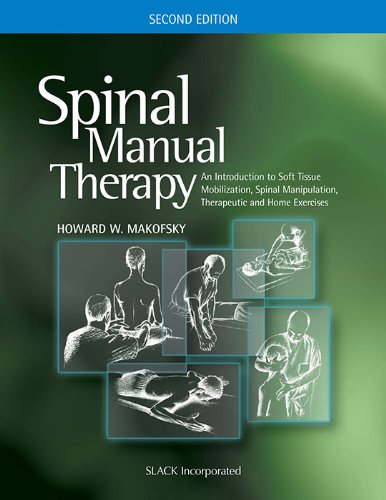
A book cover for Spinal Manual Therapy: An Introduction to Soft Tissue Mobilization, Spinal Manipulation, Therapeutic and Home Exercises; Howard W. Makofsky PT  DHSc  OCS; Medical Books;